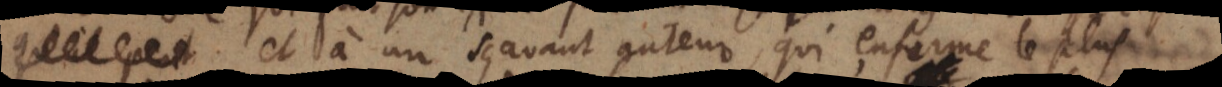
à un sçavant auteur, qui enferme le plus